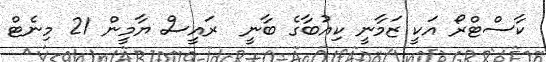
ކާސްޓްރޯ އަކީ ޒަމާނީ ކިއުބާގެ ބާނީ  ރައީސް ޔާމީން 21 މިނެޓް